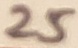
Text: 25